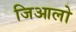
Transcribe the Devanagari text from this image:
जिआलो